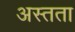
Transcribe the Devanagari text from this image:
अस्तता